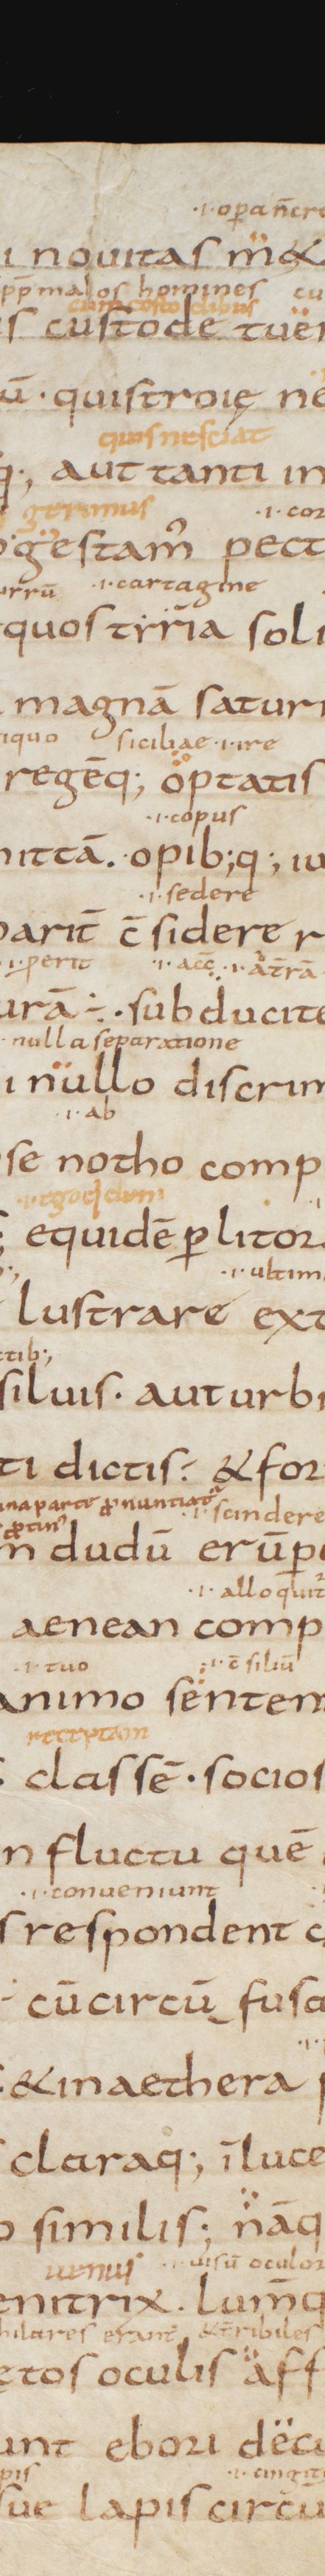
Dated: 850–999